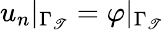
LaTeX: u_{n}|_{\Gamma_{\mathscr{T}}}=\varphi|_{\Gamma_{\mathscr{T}}}